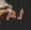
ثم